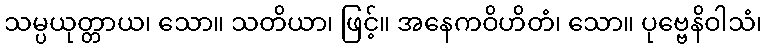
သမ္ပယုတ္တာယ၊ သော။ သတိယာ၊ ဖြင့်။ အနေကဝိဟိတံ၊ သော။ ပုဗ္ဗေနိဝါသံ၊